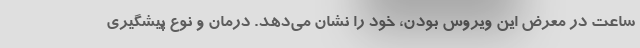
ساعت در معرض این ویروس بودن، خود را نشان می‌دهد. درمان و نوع پیشگیری